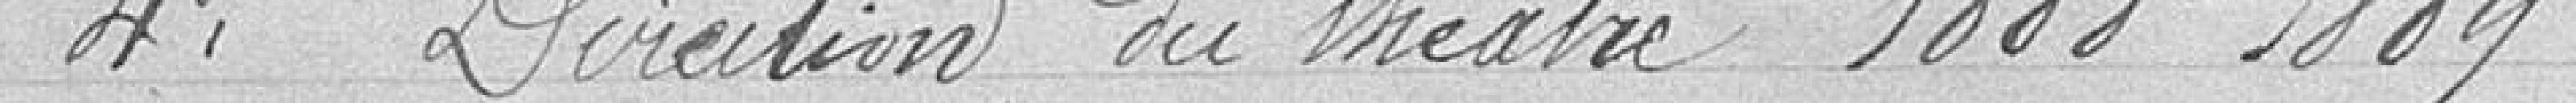
4°. Direction du théâtre 1888-1889